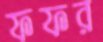
ফফর